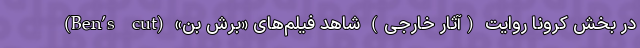
در بخش کرونا روایت (آثار خارجی) شاهد فیلم‌های «برش بن» (Ben’s cut)